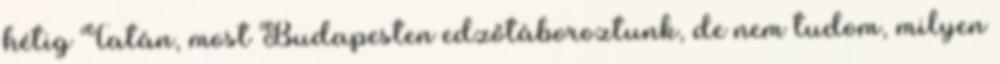
hétig Tatán, most Budapesten edzőtáboroztunk, de nem tudom, milyen